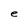
Character: e